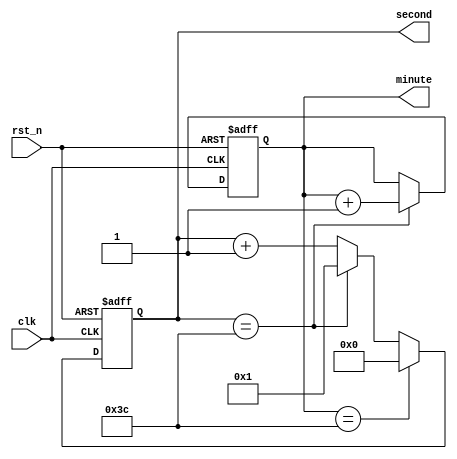
`timescale 1ns/1ns

module count_module(
	input clk,
	input rst_n,

    output reg [5:0]second,
    output reg [5:0]minute
	);
	
	always @(posedge clk or negedge rst_n) begin
        if(!rst_n) begin
            second <= 0;
        end
        else if (minute == 60) begin
            second <= 0;
        end
        else if (second == 60) begin
            second <= 1;
        end
        else begin
            second <= second + 1;
        end
    end

    always @(posedge clk or negedge rst_n) begin
        if(!rst_n) begin
            minute <= 0;
        end
        else if(second == 60) begin
            minute <= minute + 1;
        end
        else if(minute == 60) begin
            minute <= minute;
        end
    end
	
endmodule